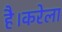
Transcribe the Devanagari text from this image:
है।करेला